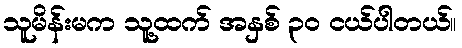
သူမိန်းမက သူ့ထက် အနှစ် ၃၀ ငယ်ပါတယ်။